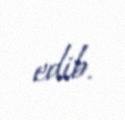
edib.